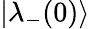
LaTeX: |\lambda_{-}(0)\rangle